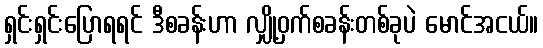
ရှင်းရှင်းပြောရရင် ဒီစခန်းဟာ လျှို့ဝှက်စခန်းတစ်ခုပဲ မောင်အငယ်။